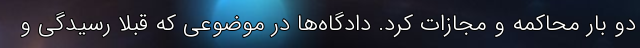
دو بار محاکمه و مجازات کرد. دادگاه‌ها در موضوعی که قبلاً رسیدگی و